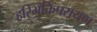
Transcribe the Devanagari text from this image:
हरिभक्तिपरायण